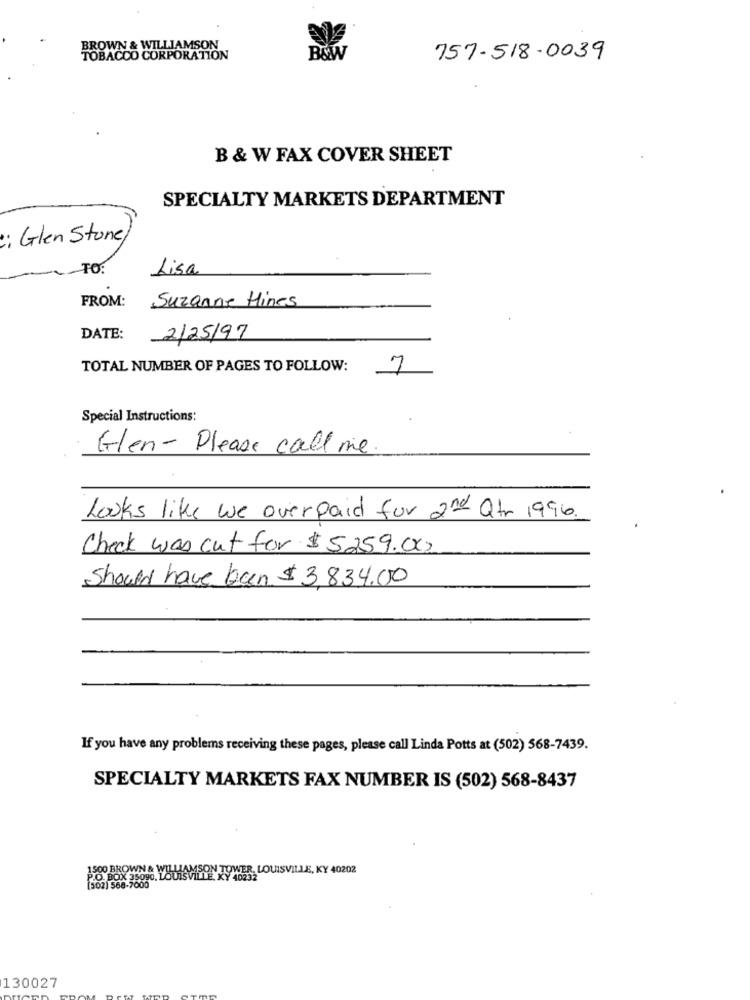
BROWN & WILLIAMSON
TOBACCO CORPORATION
B&W
757-518-0039
B & W FAX COVER SHEET
SPECIALTY MARKETS DEPARTMENT
: Glen Stone
TO:
Lisa
Suzanne Hines
FROM:
DATE:
2/25/97
TOTAL NUMBER OF PAGES TO FOLLOW:
7
Special Instructions:
Glen- Please call me.
Looks like we overpaid for 2nd Qtr 1996.
Check was cut for $5.259.000
Should have ban $3,834.00
If you have any problems receiving these pages, please call Linda Potts at (502) 568-7439.
SPECIALTY MARKETS FAX NUMBER IS (502) 568-8437
OWER, LOUISVILLE, KY 40202
LE KY 40232
130027